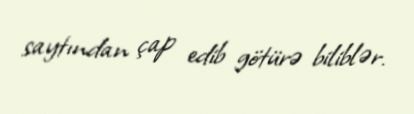
saytından çap edib götürə biliblər.